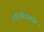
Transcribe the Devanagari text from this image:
युधिष्ठिरासमवेत